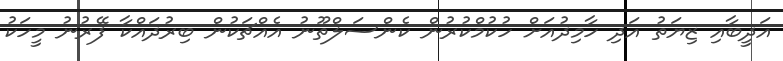
އަދީބާއި ޒިޔަތު އަދި ހާމިދުއަށް ހުކުމްކުރުން ކެންސަލްތޫނު އެއްޗަކުން ބިރުދައްކާ ފޭރުނު މީހަކު